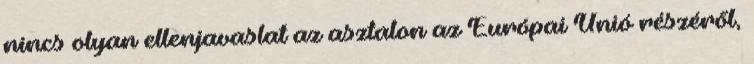
nincs olyan ellenjavaslat az asztalon az Európai Unió részéről,